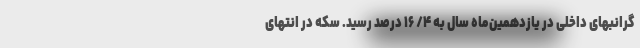
گرانبهای داخلی در یازدهمین‌ماه‌ سال به ۴/ ۱۶ درصد رسید. سکه در انتهای